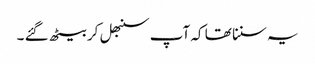
یہ سننا تھا کہ آپ سنبھل کر بیٹھ گئے ۔